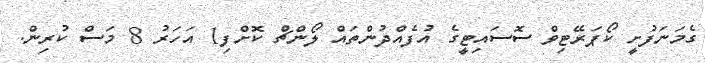
ގެމަނަފުށީ ކޯޕަރޭޓިވް ސޮސައިޓީގެ އުފެއްދުންތައް ލޯންޗް ކޮށްފި1 އަހަރު 8 މަސް ކުރިން.